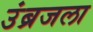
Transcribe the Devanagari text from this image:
उंब्रजला